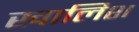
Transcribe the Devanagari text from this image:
खालिश